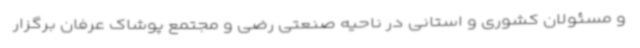
و مسئولان کشوری و استانی در ناحیه صنعتی رضی و مجتمع پوشاک عرفان برگزار